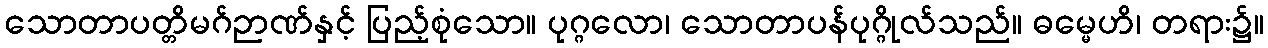
သောတာပတ္တိမဂ်ဉာဏ်နှင့် ပြည့်စုံသော။ ပုဂ္ဂလော၊ သောတာပန်ပုဂ္ဂိုလ်သည်။ ဓမ္မေဟိ၊ တရား၌။